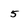
Character: 5